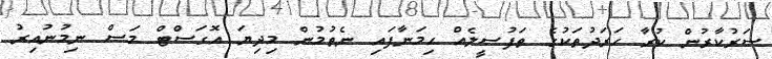
ސަރުކާރުން ކުރާ ހަރަދުތަކުގެ ތަފުސީލެއް ހިމަނާފައި ނެތުމުން މިދިޔަ އޮގަސްޓް މަސް ނިމުނުއިރު